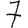
Digit: 7